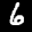
Label: 6